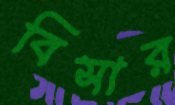
বিসার